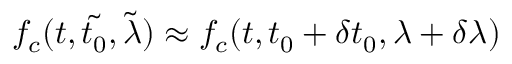
\begin{array} { r } { f _ { c } ( t , \tilde { t _ { 0 } } , \tilde { \lambda } ) \approx f _ { c } ( t , t _ { 0 } + \delta t _ { 0 } , \lambda + \delta \lambda ) } \end{array}